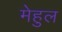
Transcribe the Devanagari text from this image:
मेहुल